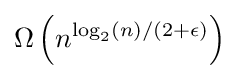
\Omega \left(n^{\log _{2}(n)/(2+\epsilon )}\right)